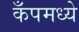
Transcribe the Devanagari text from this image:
कँपमध्ये